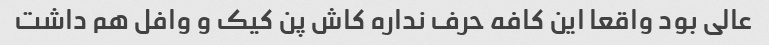
عالی بود واقعا این کافه حرف نداره کاش پن کیک و وافل هم داشت